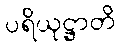
ပရိယုဋ္ဌာတိ